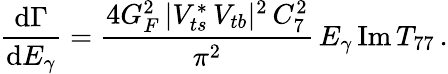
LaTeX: {\frac{\mathrm{d}\Gamma}{\mathrm{d}E_{\gamma}}}={\frac{4G_{F}^{2}\, |V_{ts}^{*}\, V_{tb}|^{2}\, C_{7}^{2}}{\pi^{2}}}\, E_{\gamma}\, \mathrm{Im}\, T_{77}\, .